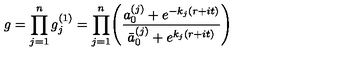
g = \displaystyle \prod _ { j = 1 } ^ { n } g _ { j } ^ { ( 1 ) } = \displaystyle \prod _ { j = 1 } ^ { n } \Biggl ( { \frac { a _ { 0 } ^ { ( j ) } + e ^ { - { k _ { j } } ( r + i t ) } } { \bar { a } _ { 0 } ^ { ( j ) } + e ^ { { k _ { j } } ( r + i t ) } } } \Biggr )